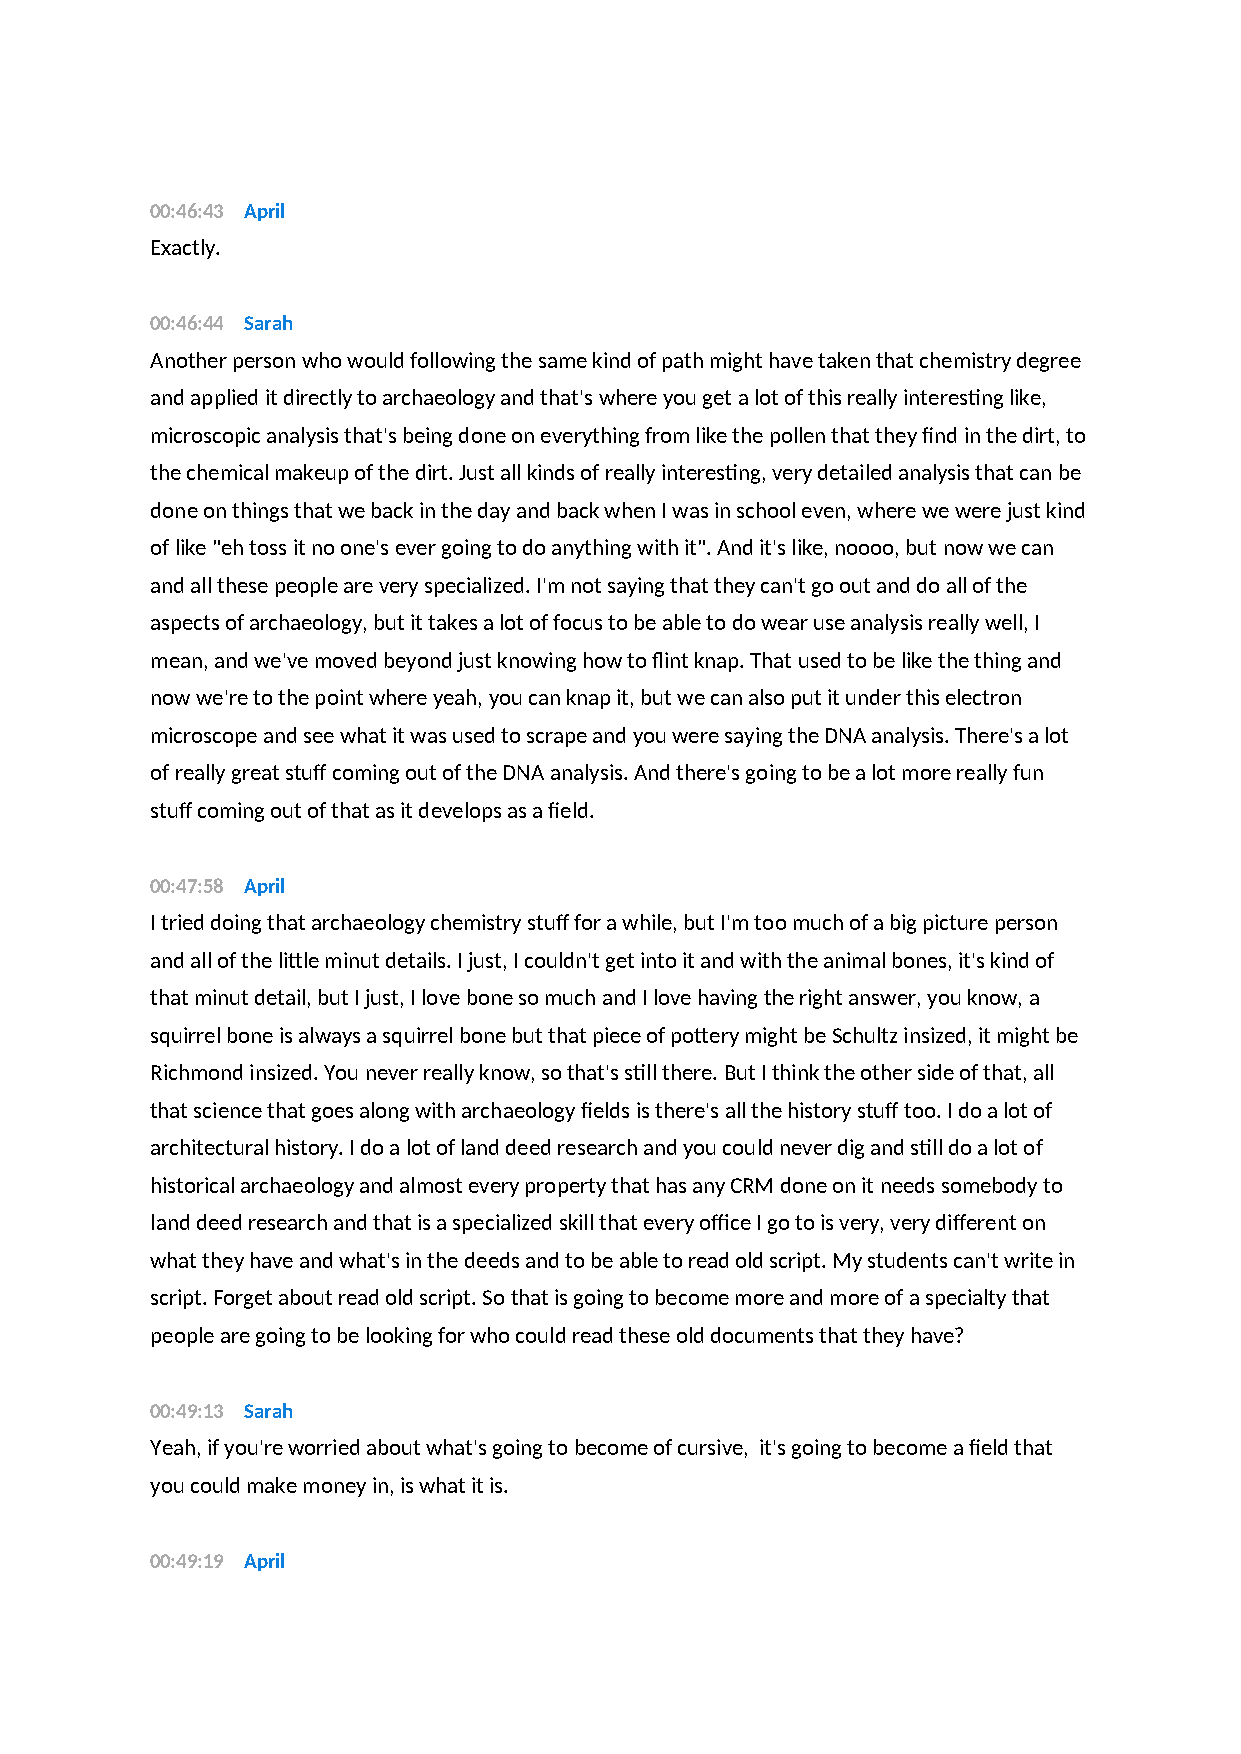
00:46:43 April
 Exactly.
 00:46:44 Sarah
 Another person who would following the same kind of path might have taken that chemistry degree
 and applied it directly to archaeology and that's where you get a lot of this really interesting like,
 microscopic analysis that's being done on everything from like the pollen that they find in the dirt, to
 the chemical makeup of the dirt. Just all kinds of really interesting, very detailed analysis that can be
 done on things that we back in the day and back when I was in school even, where we were just kind
 of like "eh toss it no one's ever going to do anything with it". And it's like, noooo, but now we can
 and all these people are very specialized. I'm not saying that they can't go out and do all of the
 aspects of archaeology, but it takes a lot of focus to be able to do wear use analysis really well, I
 mean, and we've moved beyond just knowing how to flint knap. That used to be like the thing and
 now we're to the point where yeah, you can knap it, but we can also put it under this electron
 microscope and see what it was used to scrape and you were saying the DNA analysis. There's a lot
 of really great stuff coming out of the DNA analysis. And there's going to be a lot more really fun
 stuff coming out of that as it develops as a field.
 00:47:58 April
 I tried doing that archaeology chemistry stuff for a while, but I'm too much of a big picture person
 and all of the little minut details. I just, I couldn't get into it and with the animal bones, it's kind of
 that minut detail, but I just, I love bone so much and I love having the right answer, you know, a
 squirrel bone is always a squirrel bone but that piece of pottery might be Schultz insized, it might be
 Richmond insized. You never really know, so that's still there. But I think the other side of that, all
 that science that goes along with archaeology fields is there's all the history stuff too. I do a lot of
 architectural history. I do a lot of land deed research and you could never dig and still do a lot of
 historical archaeology and almost every property that has any CRM done on it needs somebody to
 land deed research and that is a specialized skill that every office I go to is very, very different on
 what they have and what's in the deeds and to be able to read old script. My students can't write in
 script. Forget about read old script. So that is going to become more and more of a specialty that
 people are going to be looking for who could read these old documents that they have?
 00:49:13 Sarah
 Yeah, if you're worried about what's going to become of cursive, it's going to become a field that
 you could make money in, is what it is.
 00:49:19 April